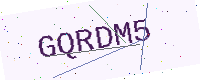
Text: GQRDM5